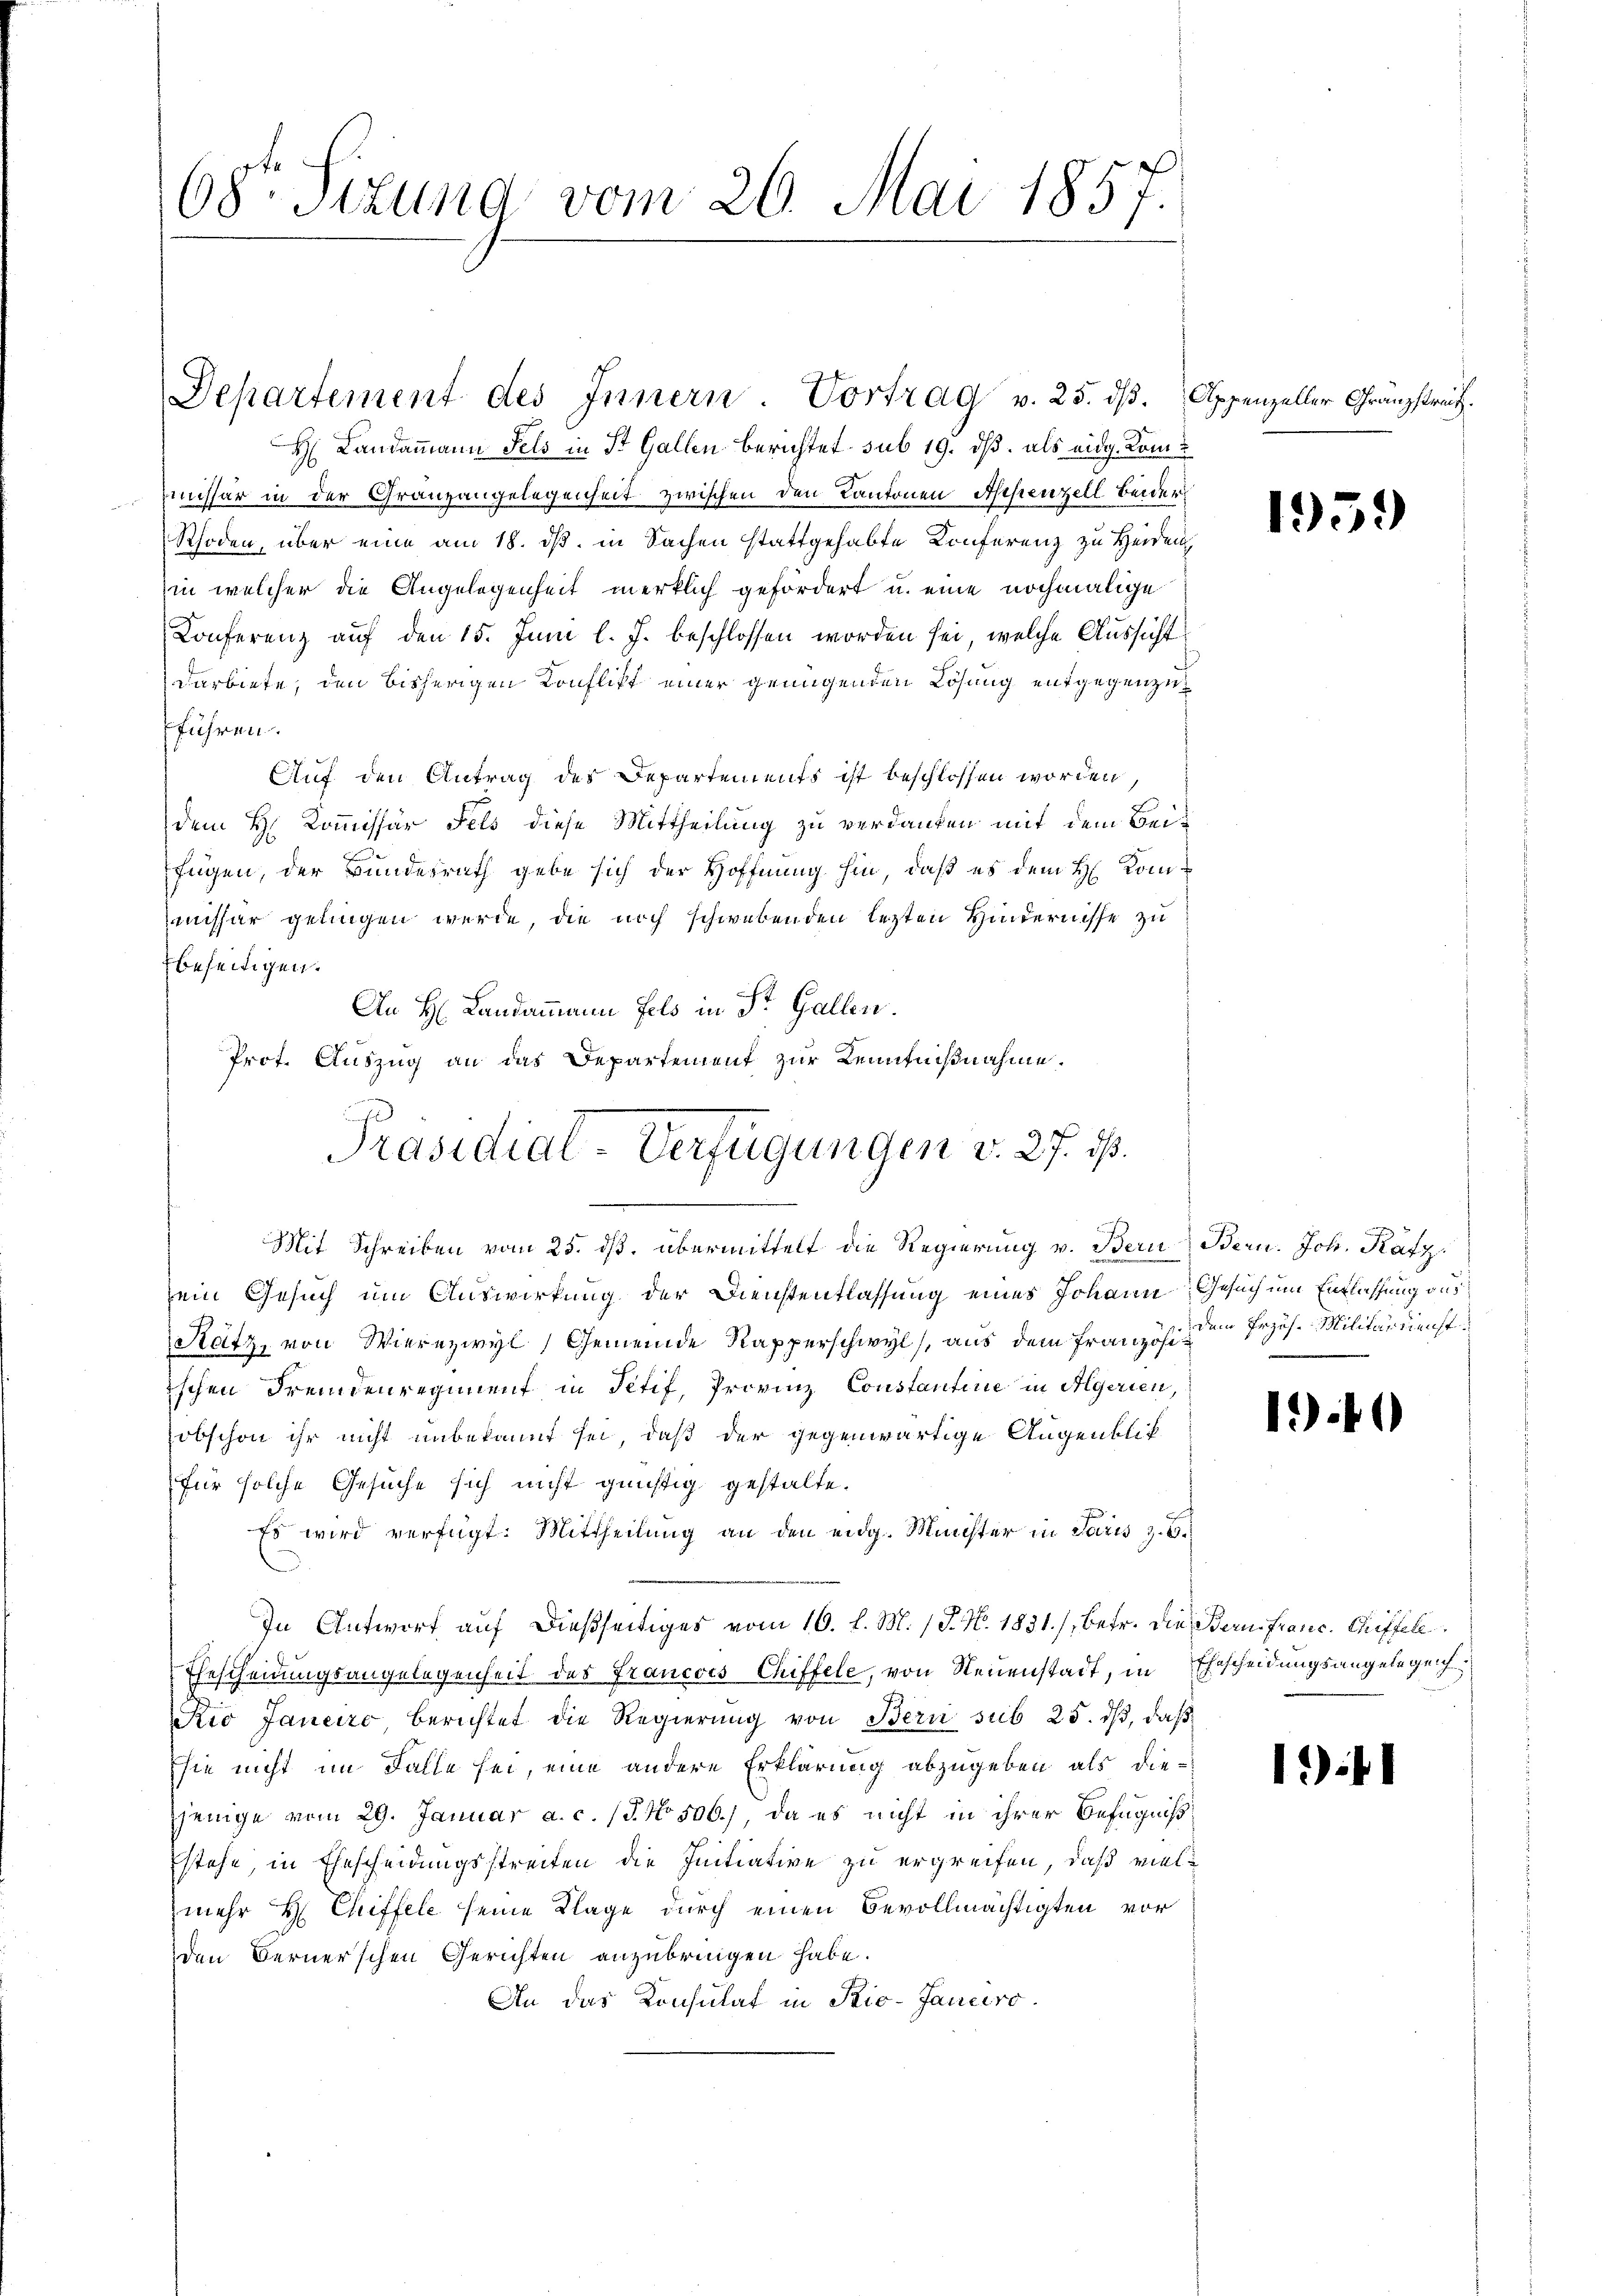
68. Sizung vom 26. Mai 1857.

H. Landammann Fels in St. Gallen berichtet sub 19. ds. als eidg. Kom¬
Emissär in der Granzangelegenheit zwischen den Kantonen Appenzell beider¬
Rhoden, über eine am 18. ds. in Sachen stattgehabte Konferenz zu Heiden
in welcher die Angelegenheit merklich gefordert u. eine nochmalige
Konferenz auf den 15. Juni l. J. beschlossen worden sei, welche Aussicht
darbiete, den bisherigen Konflikt einer genügenden Lösung entgegenzu
fführen.
Auf den Antrag des Departements ist beschlossen worden
dem H. Kommissär Fels diese Mittheilung zu verdanken mit dem Beifügen, der Bundesrath gebe sich der Hoffnung hin, daß es dem H. Kommissar gelingen werde, die noch schwebenden lezten Hindernisse zu
beseitigen.
An H: Landammann Fels in St. Gallen.
sein Gesuch um Auswirkung der Dienstentlassung eines Johann Gesuch um Entlassung aus
Ratz, von Wierezwyl, Gemeinde Rapperschwyl, aus dem Franz ist dem Präs. Militärdienstischen Fremdenregiment in Petif, Provinz Constantinie in Algerien,
(obschon ihr nicht unbekannt sei, daß der gegenwärtige Augenblick
für solche Gesuche sich nicht günstig gestalte.
Es wird verfügt: Mittheilung an den eidg. Münchter in Paris z. B.
In Antwort auf dießseitiges vom 16. l. M. / P. N. 1831./, betr. die Bern franc. Chiffell
Gescheidungsangelegenheit des Francois Chiffele, von Neuenstadt, in Ehescheidungsangelegen
Kio Janeiro berichtet die Regierŭng von Bern sub 25. dβ, daβ
sie nicht im Falle sei, eine andere Erklärung abzugeben als diejenige vom 29. Januar a. c. (§. No. 506.), da es nicht in ihrer Befugniß
Estehe in Ehescheidungsstreiten die Initiative zu ergreifen, daß vielmehr H Chiffele seine Klage durch einen Bevollmächtigten vor
den Bernerschen Gerichten anzubringen habe.
An das Konsulat in Pio-Janeiro

Departement des Innern. Vortrag v. 25. dβ. Appenzeller Gränzstreit.

Prot. Auszug an das Departement zur Kenntnißnahme.
Präsidial-Verfügungen v. 27. ds.
Mit Schreiben vom 25. ds. übermittelt die Regierung v. Bern Bern. Joh. Katz

1959

1

1